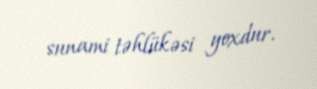
sunami təhlükəsi yoxdur.